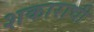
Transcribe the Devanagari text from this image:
शकाराची